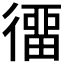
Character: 𢔲